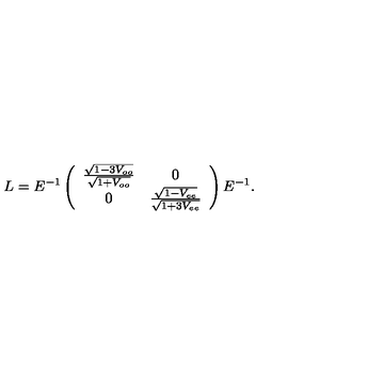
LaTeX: L = E ^ { - 1 } \left( \begin{array} { c c } { \frac { \sqrt { 1 - 3 V _ { o o } } } { \sqrt { 1 + V _ { o o } } } } & { 0 } \\ { 0 } & { \frac { \sqrt { 1 - V _ { e e } } } { \sqrt { 1 + 3 V _ { e e } } } } \\ \end{array} \right) E ^ { - 1 } .